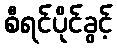
စီရင်ပိုင်ခွင့်